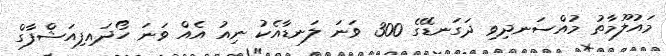
މައުލޫމާތު މުއްސަނދިވި ދަގަނޑޭގެ 300 ވަނަ ލަނޑާއެކު ނިއު އެއް ވަނަ ހޯދައިފިއަޝްފާގް